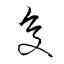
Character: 夋